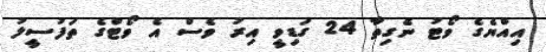
އިިއްޔެގެ ވޯޓު ނެގިތާ 24 ގަޑިވީ އިރު ވެސް އެ ވޯޓްގެ ތަފުސީލު